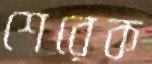
শেরেক